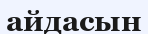
айдасын